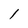
Character: l